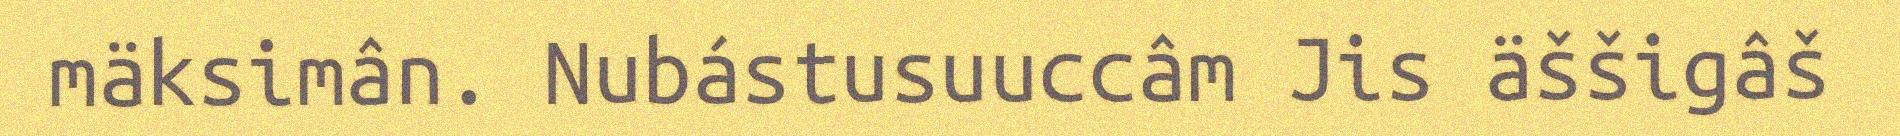
mäksimân. Nubástusuuccâm Jis äššigâš